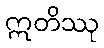
ဣတိဿု